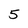
Character: 5